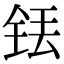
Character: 铥